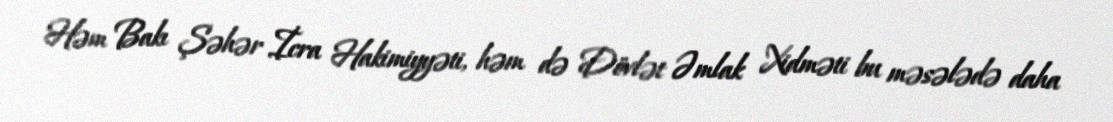
Həm Bakı Şəhər İcra Hakimiyyəti, həm də Dövlət Əmlak Xidməti bu məsələdə daha